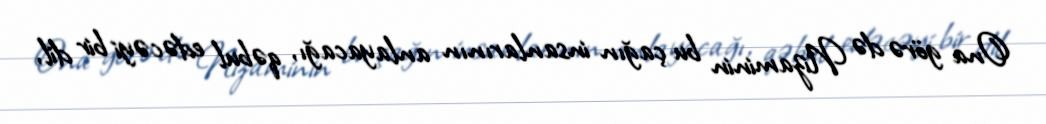
Ona görə də Nizaminin bu çağın insanlarının anlayacağı, qəbul edəcəyi bir dil,